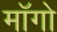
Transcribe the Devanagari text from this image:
माॅगो